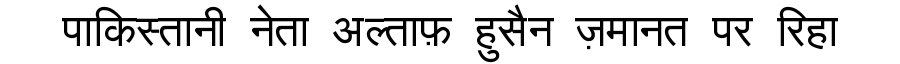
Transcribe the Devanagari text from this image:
पाकिस्तानी नेता अल्ताफ़ हुसैन ज़मानत पर रिहा